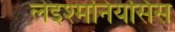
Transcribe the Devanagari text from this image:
लेइश्मनियसिस